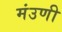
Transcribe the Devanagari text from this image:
मंउणी